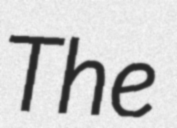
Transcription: The